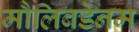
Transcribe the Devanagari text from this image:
मौलिबडेनम